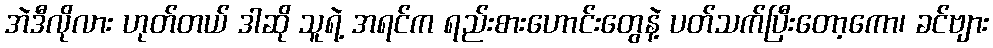
အဲဒီလိုလား ဟုတ်တယ် ဒါဆို သူရဲ့ အရင်က ရည်းစားဟောင်းတွေနဲ့ ပတ်သက်ပြီးတော့ကော၊ ခင်ဗျား